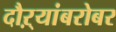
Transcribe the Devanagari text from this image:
दौऱ्यांबरोबर